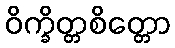
ဝိက္ခိတ္တစိတ္တော